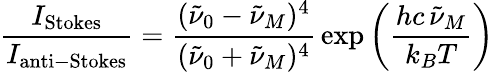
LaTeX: {\frac{I_{\mathrm{Stokes}}}{I_{\mathrm{anti-Stokes}}}}={\frac{({\tilde{\nu}}_{0}-{\tilde{\nu}}_{M})^{4}}{({\tilde{\nu}}_{0}+{\tilde{\nu}}_{M})^{4}}}\exp\left({\frac{hc\, {\tilde{\nu}}_{M}}{k_{B}T}}\right)